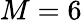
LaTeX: M=6